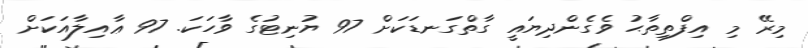
މިރޭ މި އިފްތިތާޙު ވެގެންދިޔައީ ގާތްގަނޑަކަށް 97 ޔުނިޓުގެ ވާހަކަ. 97 ޢާއިލާއަކަށް